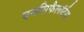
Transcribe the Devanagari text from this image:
एनसिफैलॉर्टस